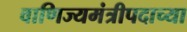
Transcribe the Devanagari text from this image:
वाणिज्यमंत्रीपदाच्या